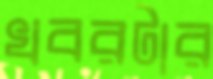
খবরটার